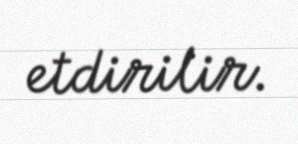
etdirilir.